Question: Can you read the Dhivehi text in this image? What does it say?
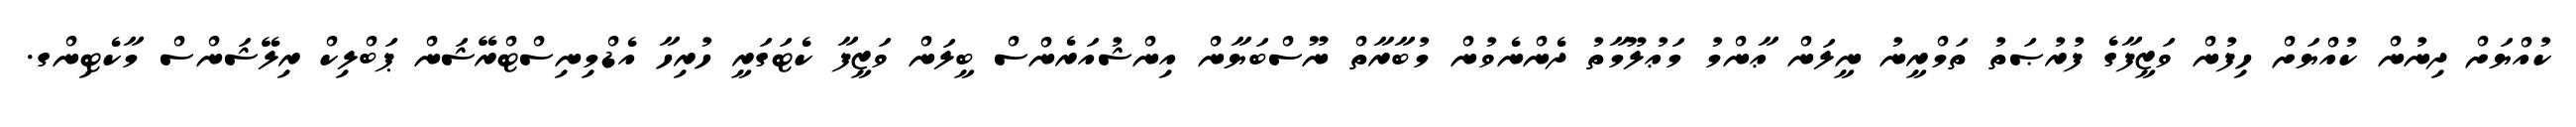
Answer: ކުއްޔަށް ދިނުން ކުއްޔަށް ހިފުން ވަޒީފާގެ ފުރުޞަތު ތަމްރީނު ނީލަން ޢާންމު މަޢުލޫމާތު ދެންނެވުން މުބާރާތް ނޫސްބަޔާން އިންޝުއަރެންސް ބީލަން ވަޒީފާ ކެޓަގަރީ ހުރިހާ އެޑްމިނިސްޓްރޭޝަން ޕަބްލިކް ރިލޭޝަންސް މާކެޓިންގ.